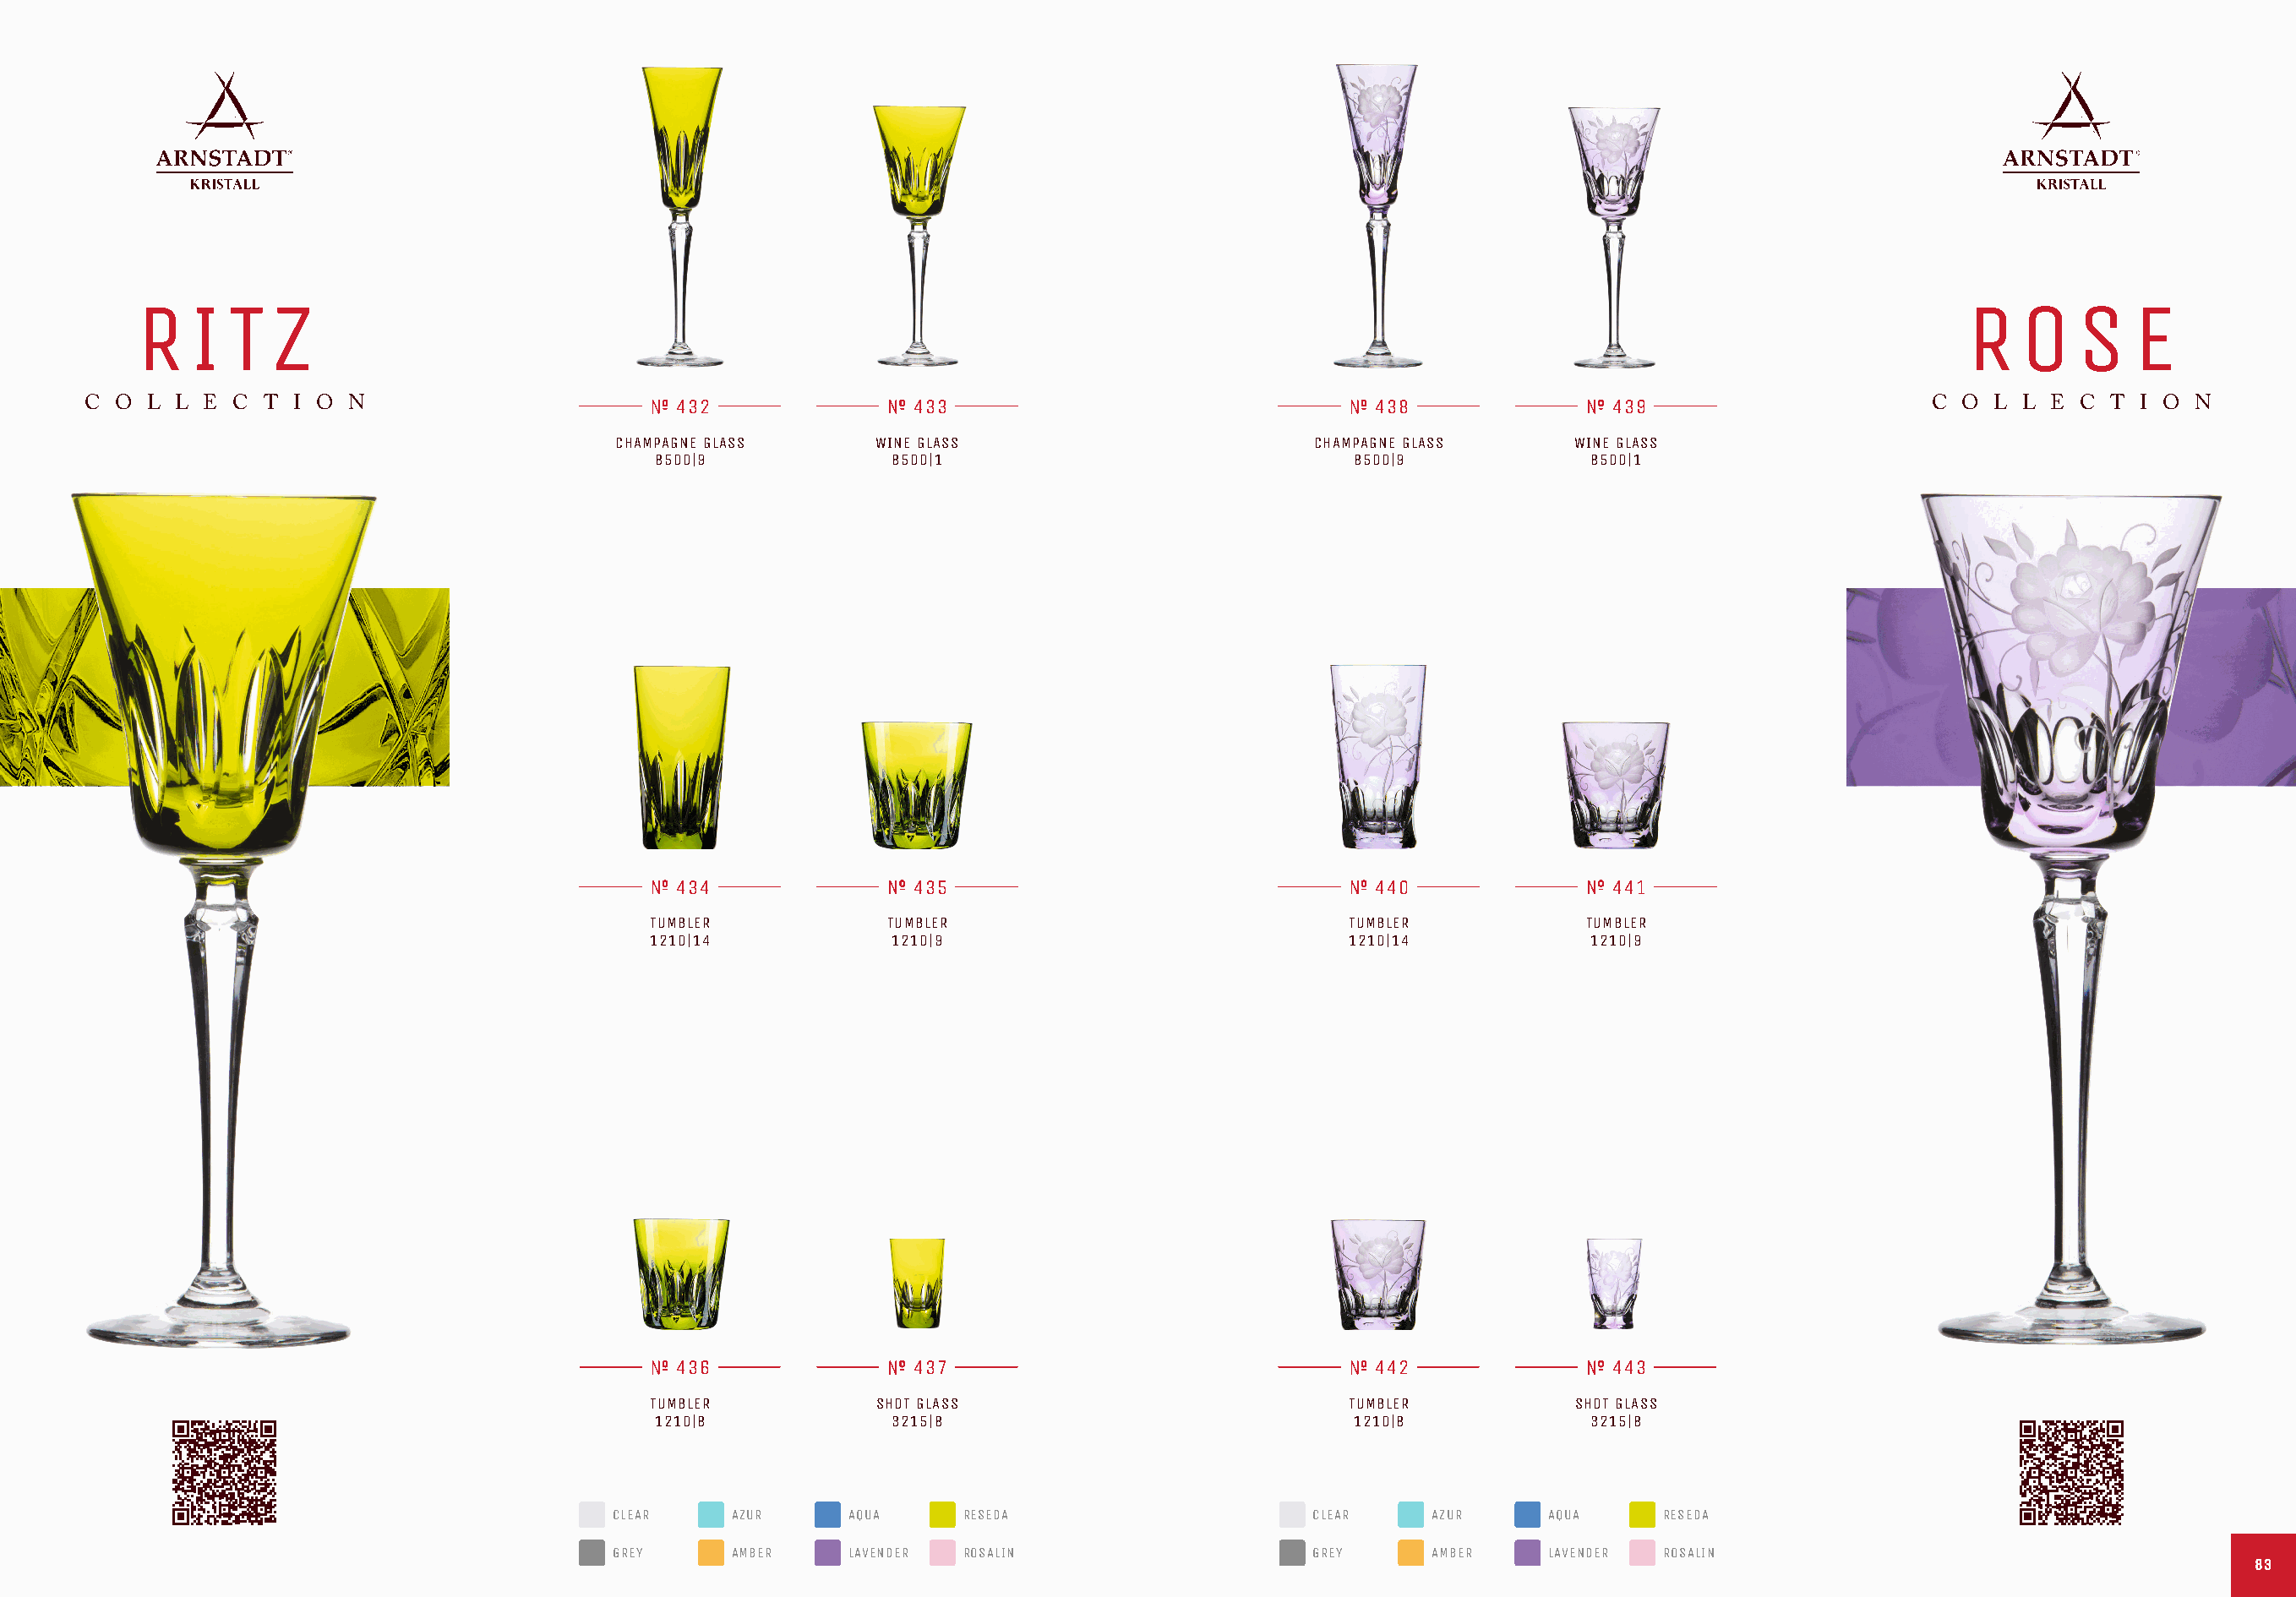
R   I  T  Z                                                                                                                                    R   O    S   E
 C O  L L E C  T I O N                         432                433                                 438               439                      C  O L L  E C T  I O N
 CHAMPAGNE GLASS      WINE GLASS                        CHAMPAGNE GLASS     WINE GLASS
 8500|9             8500|1                              8500|9             8500|1
 434                435                                 440               441
 TUMBLER           TUMBLER                              TUMBLER           TUMBLER
 1210|14            1210|9                              1210|14            1210|9
 436                437                                 442               443
 TUMBLER           SHOT GLASS                           TUMBLER          SHOT GLASS
 1210|8             3215|8                              1210|8             3215|8
 CLEAR    AZUR     AQUA     RESEDA                      CLEAR    AZUR     AQUA     RESEDA
 GREY     AMBER    LAVENDER ROSALIN                     GREY     AMBER    LAVENDER ROSALIN
 8833